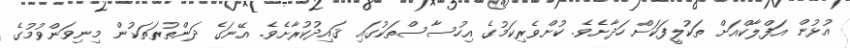
އުޅުން އަފްލާކްއަށް ތަކުލީފަކަށް ހަދާށެވެ. ކުށްވެރިކަމުގެ އިހުސާސްތަކުގައި ޤައިދުކުރާށެވެ. އޭނަގެ ދަންތުރަތަކުން މިނިވަންވުމުގެ